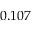
0 . 1 0 7